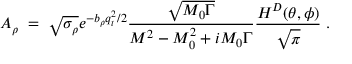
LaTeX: A _ { \rho } \; = \; \sqrt { \sigma _ { \rho } } e ^ { - b _ { \rho } q _ { t } ^ { 2 } / 2 } \frac { \sqrt { M _ { 0 } \Gamma } } { M ^ { 2 } - M _ { 0 } ^ { 2 } + i M _ { 0 } \Gamma } \frac { H ^ { D } ( \theta , \phi ) } { \sqrt { \pi } } \; .